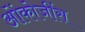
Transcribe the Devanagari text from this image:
ओंकोजींस